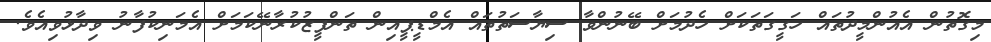
މިގޮތުން އެއުންމީދުތައް ހަގީގަތަަކަށް ހެދުމަށް ބޭނުންވާ ސިޔާސަތުތައް އެމްޑީޕީއިން ތަންފީޒުކުރާނޭކަމަށް އެމަނިކުފާނު ވިދާޅުވިއެވެ.